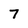
Character: 7